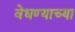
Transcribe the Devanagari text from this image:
वेधण्याच्या